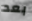
بعد